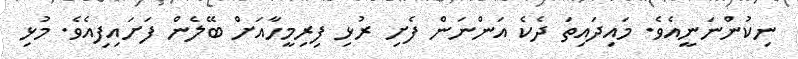
ނިކުންނަނީއެވެ. މައިދައިތަ ދެކެ އަންނަން ފެށި ރުޅި ފިރިމީހާއަށް ބޭލެން ފަށައިފިއެވެ. މުޅި